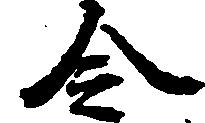
令